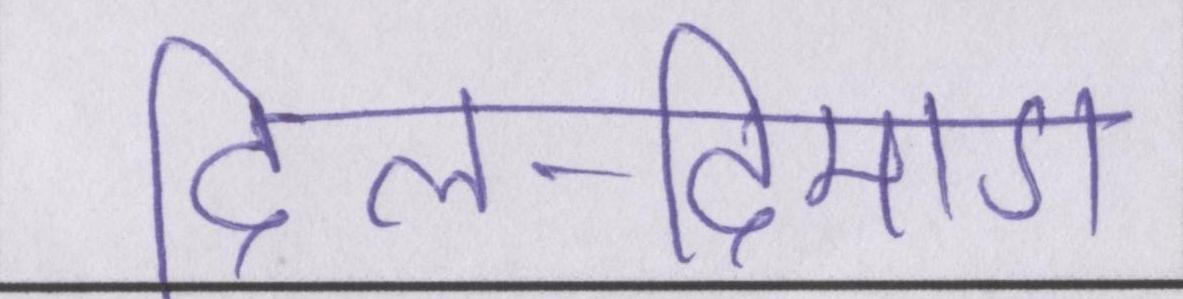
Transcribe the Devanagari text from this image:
दिल-दिमाग